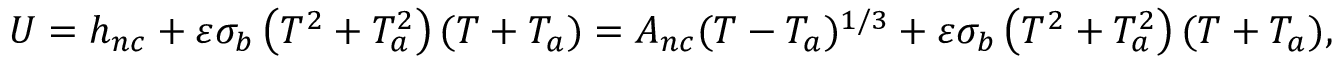
U = h _ { n c } + \varepsilon \sigma _ { b } \left( T ^ { 2 } + T _ { a } ^ { 2 } \right) ( T + T _ { a } ) = A _ { n c } ( T - T _ { a } ) ^ { 1 / 3 } + \varepsilon \sigma _ { b } \left( T ^ { 2 } + T _ { a } ^ { 2 } \right) ( T + T _ { a } ) ,